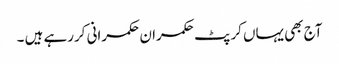
آج بھی یہاں کرپٹ حکمران حکمرانی کررہے ہیں ۔